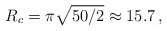
\begin{align*} R_c=\pi \sqrt{50/2} \approx 15.7 \, , \end{align*}